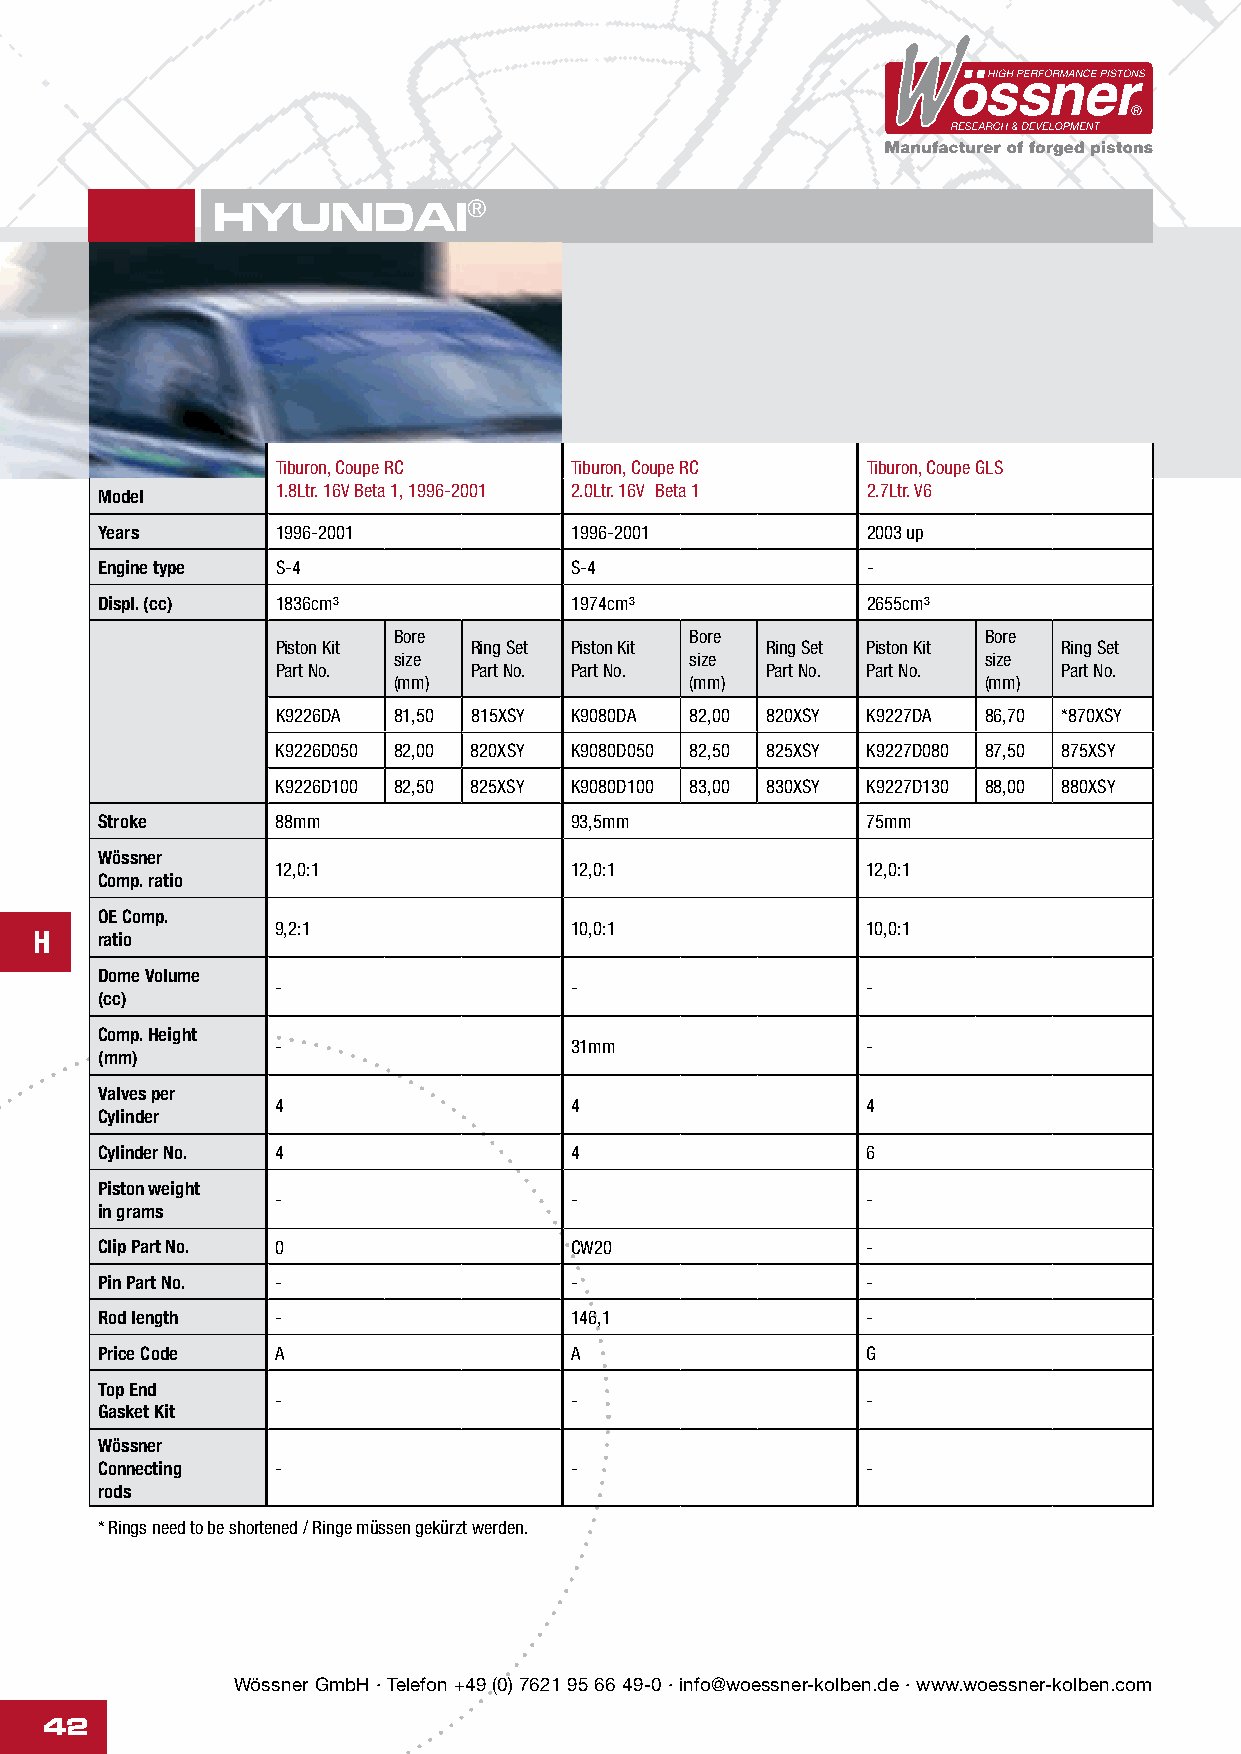
HYUNDAI®
 Tiburon, Coupe RC   Tiburon, Coupe RC  Tiburon, Coupe GLS
 1.8Ltr. 16V Beta 1‚ 1996-2001 2.0Ltr. 16V Beta 1 2.7Ltr. V6
 Model
 Years      1996-2001           1996-2001          2003 up
 Engine type S-4                S-4                -
 Displ. (cc) 1836cm³            1974cm³            2655cm³
 Bore                Bore               Bore
 Piston Kit   Ring Set Piston Kit Ring Set Piston Kit Ring Set
 size                size               size
 Part No.     Part No. Part No.   Part No. Part No.  Part No.
 (mm)                (mm)               (mm)
 K9226DA 81,50 815XSY K9080DA 82,00 820XSY K9227DA 86,70 *870XSY
 K9226D050 82,00 820XSY K9080D050 82,50 825XSY K9227D080 87,50 875XSY
 K9226D100 82,50 825XSY K9080D100 83,00 830XSY K9227D130 88,00 880XSY
 Stroke      88mm                93,5mm             75mm
 Wössner
 12,0:1              12,0:1             12,0:1
 Comp. ratio
 OE Comp.
 9,2:1               10,0:1             10,0:1
 H   ratio
 Dome Volume
 -                   -                  -
 (cc)
 Comp. Height
 -                   31mm               -
 (mm)
 Valves per
 4                   4                  4
 Cylinder
 Cylinder No. 4                  4                  6
 Piston weight
 -                   -                  -
 in grams
 Clip Part No. 0                 CW20               -
 Pin Part No. -                  -                  -
 Rod length  -                   146,1              -
 Price Code  A                   A                  G
 Top End
 -                   -                  -
 Gasket Kit
 Wössner
 Connecting  -                   -                  -
 rods
 * Rings need to be shortened / Ringe müssen gekürzt werden.
 Wössner GmbH · Telefon +49 (0) 7621 95 66 49-0 · info@woessner-kolben.de · www.woessner-kolben.com
 42